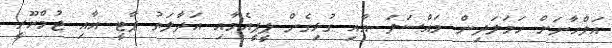
އަލްހާނަށް ހަމަލަދިން މައްސަލަ އާއި ގުޅިގެން ޕީޕީއެމާއި އަދާލަތު ޕާޓީ އާއި ޖުމްހޫރީ